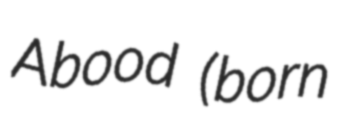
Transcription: Abood (born